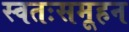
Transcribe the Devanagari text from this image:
स्वतःसमूहन